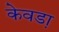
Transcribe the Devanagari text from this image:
केवडा़